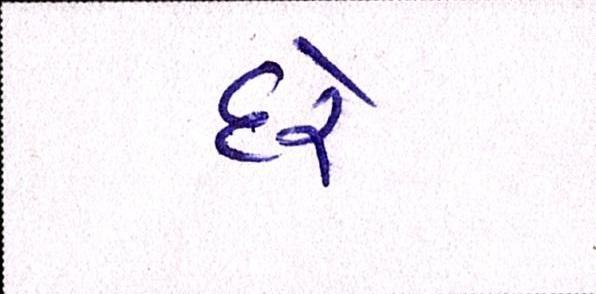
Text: દરે